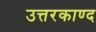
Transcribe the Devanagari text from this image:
उत्तरकाण्द